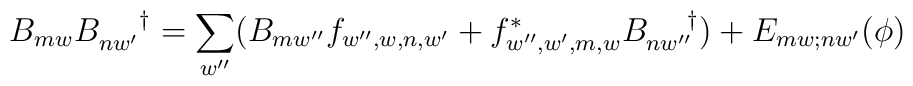
B_{mw}B_{nw^{\prime}}^{\;\;\;\;\;\;\dagger} = \sum_{w^{\prime\prime}} (B_{mw^{\prime\prime}}f_{w^{\prime\prime},w,n,w^{\prime}} + f^{*}_{w^{\prime\prime},w^{\prime},m,w}B_{nw^{\prime\prime}}^{\;\;\;\;\;\;\dagger}) + E_{mw;nw^{\prime}}(\phi)